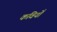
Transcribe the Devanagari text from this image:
कवियोँ